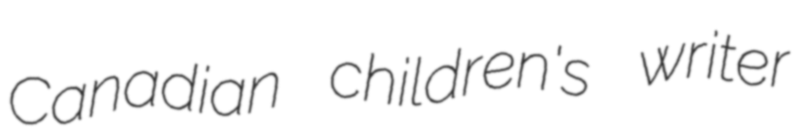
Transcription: Canadian children's writer